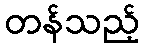
တန်သည့်